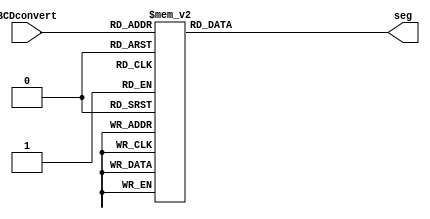
module BCDtoSeg(
	input [3:0] BCDconvert,
	output reg [6:0] seg
);

	always @ (BCDconvert)
	begin
		case(BCDconvert)
			4'b0000: seg= 7'b0000001; //Output 0
			4'b0001: seg= 7'b1001111; //Output 1
			4'b0010: seg= 7'b0010010; //Output 2
			4'b0011: seg= 7'b0000110; //Output 3
			4'b0100: seg= 7'b1001100; //Output 4
			4'b0101: seg= 7'b0100100; //Output 5
			4'b0110: seg= 7'b0100000; //Output 6
			4'b0111: seg= 7'b0001111; //Output 7
			4'b1000: seg= 7'b0000000; //Output 8
			4'b1001: seg= 7'b0000100; //Output 9
			default: seg = 7'bxxxxxxx; // Default case, handle undefined values
		endcase
	end
	
endmodule